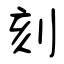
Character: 刻